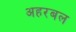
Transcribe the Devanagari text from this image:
अहरबल